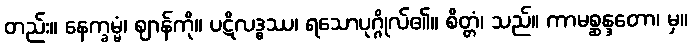
တည်း။ နေက္ခမ္မံ၊ ဈာန်ကို။ ပဋိလဒ္ဓဿ၊ ရသောပုဂ္ဂိုလ်၏။ စိတ္တံ၊ သည်။ ကာမစ္ဆန္ဒတော၊ မှ။